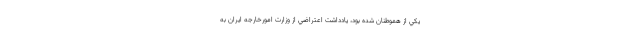
يكي از هموطنان شده بود، يادداشت اعتراضي از وزارت امورخارجه ايران به